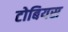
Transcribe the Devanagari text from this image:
टोबियस